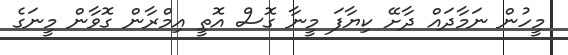
މީހުން ނަމާދައް ދާށޭ ކިޔާފަ މީނާ ގޮސް އޮތީ އިމްރާން ގޮވާން މީނަގެ